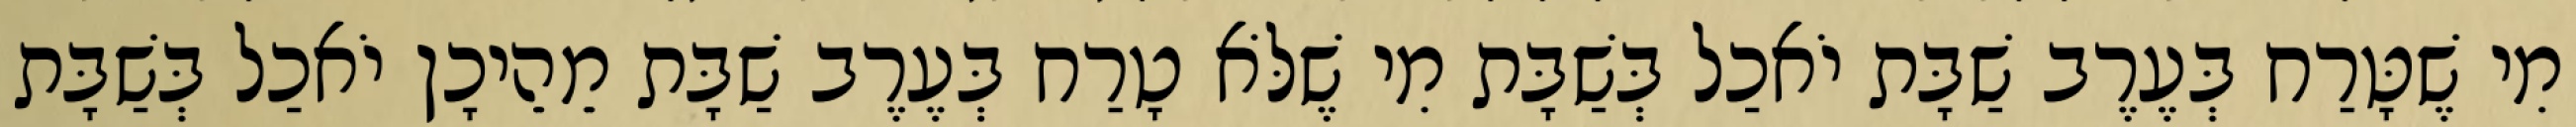
מִי שֶׁטָּרַח בְּעֶרֶב שַׁבָּת יֹאכַל בְּשַׁבָּת מִי שֶׁלֹּא טָרַח בְּעֶרֶב שַׁבָּת מֵהֵיכָן יֹאכַל בְּשַׁבָּת